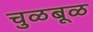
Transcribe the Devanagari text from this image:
चुळबूळ